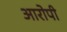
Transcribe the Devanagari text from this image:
अारोपी